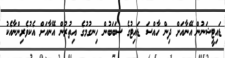
ޑައިޓީޝަނުން އޭނާއަށް ދިން ހާއްސަ ޑައިޓުގެ ސަބަބުން ހިނގުމުގެ އިތުރުން އޭނާއަށް އެކުވެރިންނާއެކު